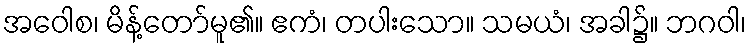
အဝေါစ၊ မိန့်တော်မူ၏။ ဧကံ၊ တပါးသော။ သမယံ၊ အခါ၌။ ဘဂဝါ၊